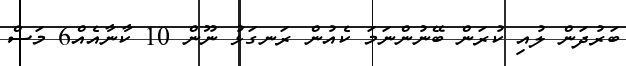
ބަރުދަން ލުއި ކުރަން ބޭނުންނަމަ ކެއުން ރަނގަޅު ނޫން 10 ކާނާއެއް6 މަސް